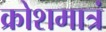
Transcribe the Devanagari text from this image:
क्रोशमात्रं